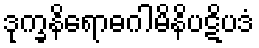
ဒုက္ခနိရောဓဂါမိနိပဋိပဒံ